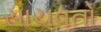
સાચવતો